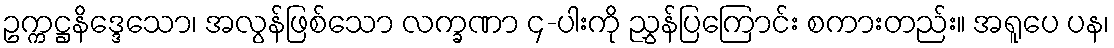
ဥက္ကဋ္ဌနိဒ္ဒေသော၊ အလွန်ဖြစ်သော လက္ခဏာ ၄-ပါးကို ညွှန်ပြကြောင်း စကားတည်း။ အရူပေ ပန၊